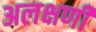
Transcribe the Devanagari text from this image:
अलक्षणी